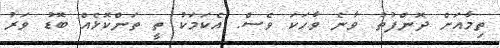
ތިމާއަށް ދޮންފުތު ވާނެ ވާހަކަ ވެސް. އެކަމަކު ތީ ތަންކޮޅެއް ބޮޑު ވަރު